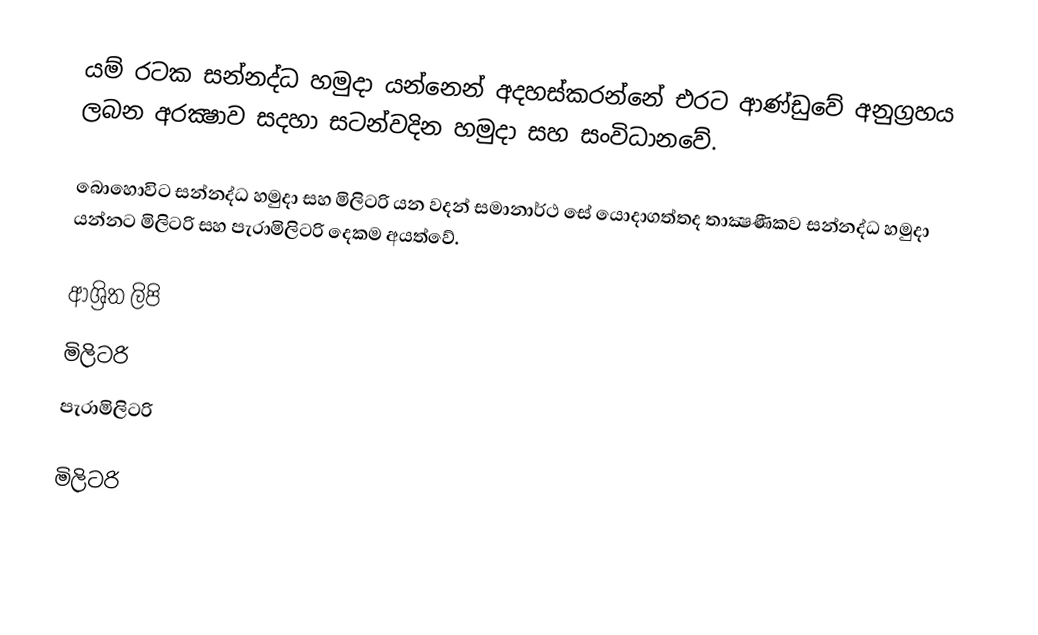
යම් රටක සන්නද්ධ හමුදා යන්නෙන් අදහස්කරන්නේ එරට ආණ්ඩුවේ අනුග්‍රහය ලබන අරක්‍ෂාව සදහා සටන්වදින හමුදා සහ සංවිධානවේ.

බොහොවිට සන්නද්ධ හමුදා සහ මිලිටරි යන වදන් සමානාර්ථ සේ යොදාගත්තද තාක්‍ෂණීකව සන්නද්ධ හමුදා යන්නට මිලිටරි සහ පැරාමිලිටරි දෙකම අයත්වේ.

ආශ්‍රිත ලිපි
 මිලිටරි
 පැරාමිලිටරි

මිලිටරි